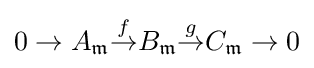
0\to A_{\mathfrak {m}}{\overset {f}{\to }}B_{\mathfrak {m}}{\overset {g}{\to }}C_{\mathfrak {m}}\to 0